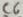
Text: C6